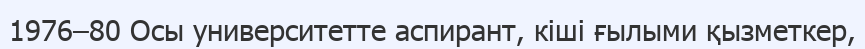
1976–80 Осы университетте аспирант, кіші ғылыми қызметкер,